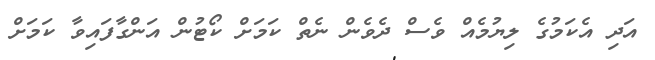
އަދި އެކަމުގެ ލިޔުމެއް ވެސް ދެވެން ނެތް ކަމަށް ކޯޓުން އަންގާފައިވާ ކަމަށް